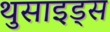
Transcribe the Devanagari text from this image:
थुसाइड्स